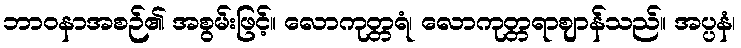
ဘာဝနာအစဉ်၏ အစွမ်းဖြင့်။ လောကုတ္တရံ၊ လောကုတ္တရာဈာန်သည်။ အပ္ပနံ၊